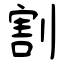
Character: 割